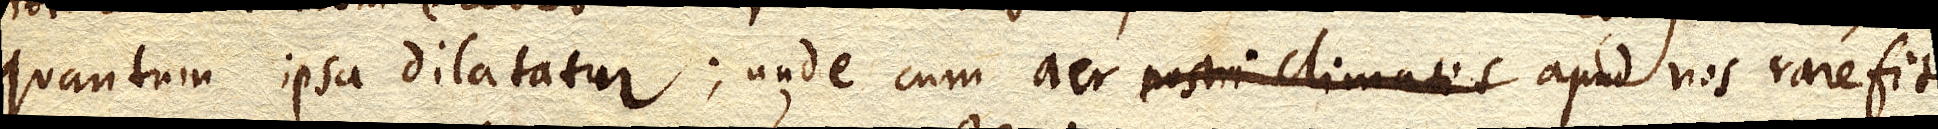
quantum ipsa dilatatur; unde cum aer nostri climatis apud nos rarefit,